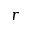
r